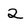
Character: 2